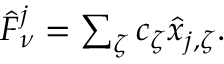
\begin{array} { r } { \hat { F } _ { \nu } ^ { j } = \sum _ { \zeta } c _ { \zeta } \hat { x } _ { j , \zeta } . } \end{array}